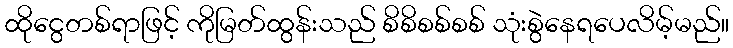
ထိုငွေတစ်ရာဖြင့် ကိုမြတ်ထွန်းသည် စိစိစစ်စစ် သုံးစွဲနေရပေလိမ့်မည်။